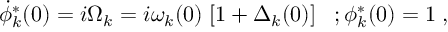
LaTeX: \dot { \phi } _ { k } ^ { * } ( 0 ) = i \Omega _ { k } = i \omega _ { k } ( 0 ) \; [ 1 + \Delta _ { k } ( 0 ) ] \; \; \; ; \phi _ { k } ^ { * } ( 0 ) = 1 \; ,